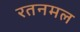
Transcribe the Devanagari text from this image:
रतनमल